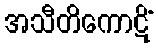
အသီတိကောဋိံ